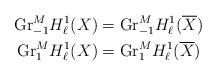
LaTeX: \begin{align*} \mathrm{Gr}_{-1}^M H^1_\ell(X) &= \mathrm{Gr}_{-1}^M H^1_\ell(\overline{X}) \\\mathrm{Gr}_{1}^M H^1_\ell(X) &= \mathrm{Gr}_{1}^M H^1_\ell(\overline{X}) \end{align*}